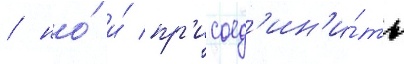
/ но́ и́ пр'исоед'ин'и́ть